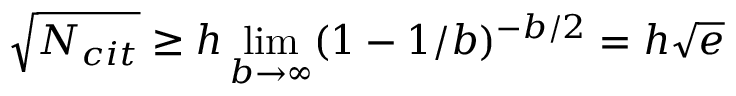
\sqrt { N _ { c i t } } \ge h \operatorname* { l i m } _ { b \rightarrow \infty } ( 1 - 1 / b ) ^ { - b / 2 } = h \sqrt { e }